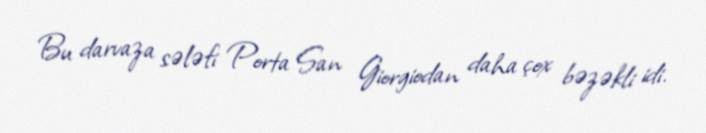
Bu darvaza sələfi Porta San Giorgiodan daha çox bəzəkli idi.